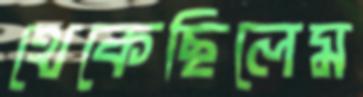
থেকেছিলেম